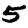
Digit: 5